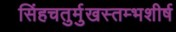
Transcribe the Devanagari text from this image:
सिंहचतुर्मुखस्तम्भशीर्ष